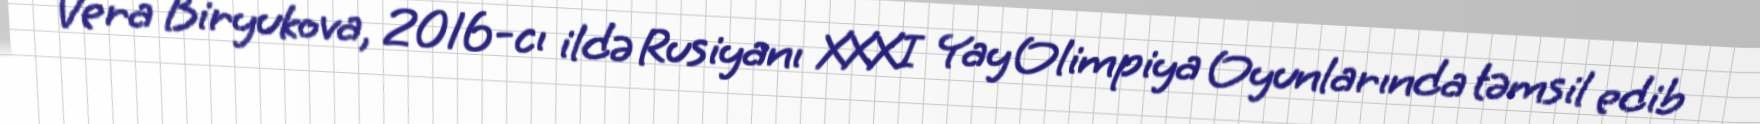
Vera Biryukova, 2016-cı ildə Rusiyanı XXXI Yay Olimpiya Oyunlarında təmsil edib